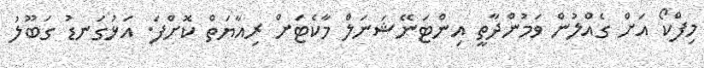
މިފްކޯ އަށް ގެއްލުން ވަމުންދާތީ އިންޓަނޭޝަނަލް މާކެޓަށް ރިއާޔަތް ކޮށްފަ. އަޅުގަނޑު ގަބޫލު